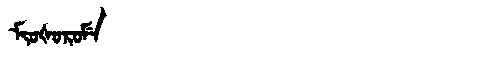
Manchu: ᠮᡳᠣᡧᠣᡵᠣᠮᡝ
Romanization: MIOŠOROME